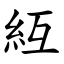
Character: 䊺